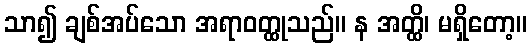
သာ၍ ချစ်အပ်သော အရာဝတ္ထုသည်။ န အတ္ထိ၊ မရှိတော့။